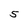
Character: 5